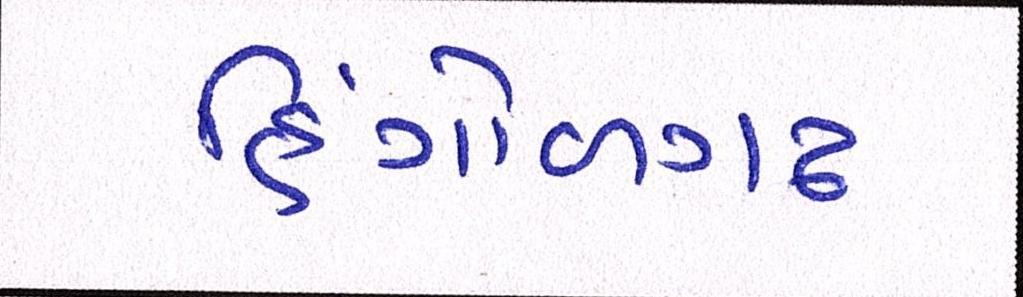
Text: હિંગોળગઢ